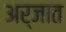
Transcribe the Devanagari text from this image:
अर्जात